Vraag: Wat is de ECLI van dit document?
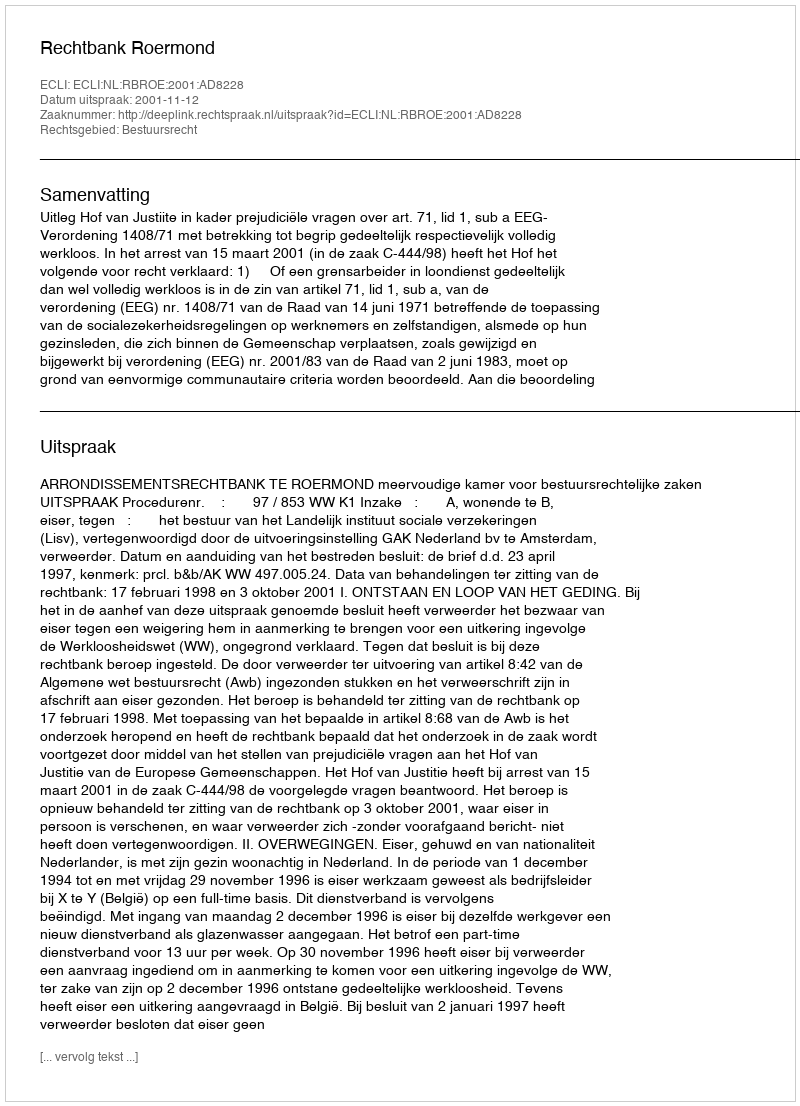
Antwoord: ECLI:NL:RBROE:2001:AD8228